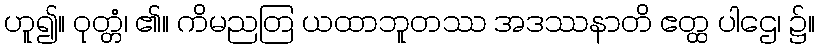
ဟူ၍။ ဝုတ္တံ၊ ၏။ ကိမညတြ ယထာဘူတဿ အဒဿနာတိ ဧတ္ထ ပါဌေ၊ ၌။